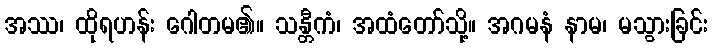
အဿ၊ ထိုရဟန်း ဂေါတမ၏။ သန္တီကံ၊ အထံတော်သို့။ အဂမနံ နာမ၊ မသွားခြင်း